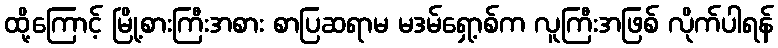
ထို့ကြောင့် မြို့စားကြီးအစား စာပြဆရာမ မဒမ်ရှော့စ်က လူကြီးအဖြစ် လိုက်ပါရန်